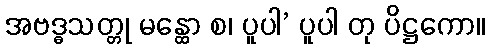
အဗဒ္ဓသတ္တု မန္ထော စ၊ ပူပါ’ ပူပါ တု ပိဋ္ဌကော။